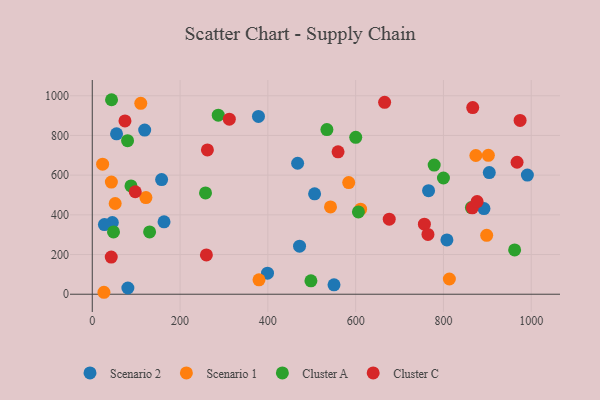
{"axis": {"x": "Experience", "y": "Sales"}, "legend": ["Cluster A", "Cluster C", "Scenario 1", "Scenario 2"], "data": [{"x": "81.1", "y": 31.3, "type": "Scenario 2"}, {"x": "766.1", "y": 521.9, "type": "Scenario 2"}, {"x": "45.7", "y": 361.3, "type": "Scenario 2"}, {"x": "991.2", "y": 600.3, "type": "Scenario 2"}, {"x": "892.3", "y": 431.4, "type": "Scenario 2"}, {"x": "550.7", "y": 47.2, "type": "Scenario 2"}, {"x": "378.6", "y": 895.9, "type": "Scenario 2"}, {"x": "27.7", "y": 351.1, "type": "Scenario 2"}, {"x": "55.3", "y": 808.3, "type": "Scenario 2"}, {"x": "904.4", "y": 612.9, "type": "Scenario 2"}, {"x": "807.9", "y": 273.7, "type": "Scenario 2"}, {"x": "472.2", "y": 242.3, "type": "Scenario 2"}, {"x": "163.5", "y": 365.0, "type": "Scenario 2"}, {"x": "506.5", "y": 505.9, "type": "Scenario 2"}, {"x": "158.0", "y": 577.9, "type": "Scenario 2"}, {"x": "119.4", "y": 827.2, "type": "Scenario 2"}, {"x": "467.8", "y": 659.8, "type": "Scenario 2"}, {"x": "399.2", "y": 106.0, "type": "Scenario 2"}, {"x": "52.2", "y": 457.1, "type": "Scenario 1"}, {"x": "542.7", "y": 439.8, "type": "Scenario 1"}, {"x": "26.6", "y": 9.8, "type": "Scenario 1"}, {"x": "611.3", "y": 428.4, "type": "Scenario 1"}, {"x": "110.5", "y": 961.9, "type": "Scenario 1"}, {"x": "898.5", "y": 296.7, "type": "Scenario 1"}, {"x": "43.5", "y": 564.9, "type": "Scenario 1"}, {"x": "379.8", "y": 72.7, "type": "Scenario 1"}, {"x": "873.8", "y": 698.9, "type": "Scenario 1"}, {"x": "902.3", "y": 699.8, "type": "Scenario 1"}, {"x": "122.2", "y": 486.9, "type": "Scenario 1"}, {"x": "813.5", "y": 76.8, "type": "Scenario 1"}, {"x": "584.2", "y": 562.4, "type": "Scenario 1"}, {"x": "23.6", "y": 655.1, "type": "Scenario 1"}, {"x": "534.5", "y": 829.8, "type": "Cluster A"}, {"x": "258.0", "y": 510.4, "type": "Cluster A"}, {"x": "863.7", "y": 436.4, "type": "Cluster A"}, {"x": "800.0", "y": 585.7, "type": "Cluster A"}, {"x": "600.2", "y": 790.3, "type": "Cluster A"}, {"x": "88.2", "y": 545.7, "type": "Cluster A"}, {"x": "43.9", "y": 980.0, "type": "Cluster A"}, {"x": "778.9", "y": 650.9, "type": "Cluster A"}, {"x": "606.3", "y": 414.5, "type": "Cluster A"}, {"x": "498.1", "y": 67.3, "type": "Cluster A"}, {"x": "287.0", "y": 902.3, "type": "Cluster A"}, {"x": "48.4", "y": 314.1, "type": "Cluster A"}, {"x": "130.6", "y": 314.1, "type": "Cluster A"}, {"x": "80.4", "y": 773.8, "type": "Cluster A"}, {"x": "962.2", "y": 223.4, "type": "Cluster A"}, {"x": "666.0", "y": 967.0, "type": "Cluster C"}, {"x": "98.0", "y": 516.3, "type": "Cluster C"}, {"x": "262.3", "y": 727.3, "type": "Cluster C"}, {"x": "865.8", "y": 435.5, "type": "Cluster C"}, {"x": "974.6", "y": 875.8, "type": "Cluster C"}, {"x": "876.7", "y": 467.0, "type": "Cluster C"}, {"x": "312.2", "y": 882.0, "type": "Cluster C"}, {"x": "260.0", "y": 198.0, "type": "Cluster C"}, {"x": "559.9", "y": 717.3, "type": "Cluster C"}, {"x": "866.7", "y": 940.5, "type": "Cluster C"}, {"x": "756.6", "y": 352.8, "type": "Cluster C"}, {"x": "43.2", "y": 187.1, "type": "Cluster C"}, {"x": "676.5", "y": 378.1, "type": "Cluster C"}, {"x": "764.7", "y": 301.1, "type": "Cluster C"}, {"x": "967.7", "y": 664.9, "type": "Cluster C"}, {"x": "74.5", "y": 873.1, "type": "Cluster C"}]}